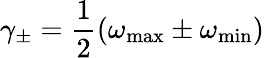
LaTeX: \gamma_{\pm}=\frac{1}{2}(\omega_{\mathrm{max}}\pm\omega_{\mathrm{min}})